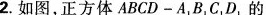
2.如图，正方体ABCD-A_{1}B_{1}C_{1}D_{1}的